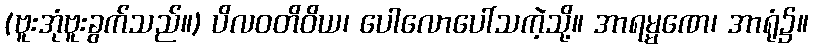
(ဗူးအုံဗူးခွက်သည်။) ပိလဝတိဝိယ၊ ပေါလောပေါ်သကဲ့သို့။ အာရမ္မဏေ၊ အာရုံ၌။